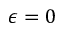
\epsilon = 0